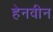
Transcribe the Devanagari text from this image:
हेनवीन